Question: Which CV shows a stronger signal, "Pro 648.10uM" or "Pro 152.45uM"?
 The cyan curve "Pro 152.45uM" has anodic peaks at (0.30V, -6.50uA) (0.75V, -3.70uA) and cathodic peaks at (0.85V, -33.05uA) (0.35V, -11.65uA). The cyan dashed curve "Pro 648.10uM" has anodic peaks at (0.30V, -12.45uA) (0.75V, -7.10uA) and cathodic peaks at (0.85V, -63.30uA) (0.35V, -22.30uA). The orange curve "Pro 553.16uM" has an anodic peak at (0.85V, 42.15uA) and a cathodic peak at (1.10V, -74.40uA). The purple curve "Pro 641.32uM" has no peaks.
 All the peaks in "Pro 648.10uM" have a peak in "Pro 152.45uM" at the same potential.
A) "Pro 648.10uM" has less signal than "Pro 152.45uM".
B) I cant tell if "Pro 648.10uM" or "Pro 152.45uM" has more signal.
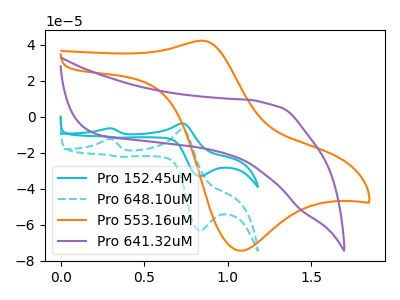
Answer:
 <answer>B) I cant tell if "Pro 648.10uM" or "Pro 152.45uM" has more signal.</answer>
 <eval>B</eval>